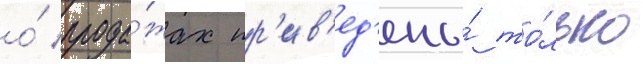
о́ прода́жах пр'ив'ед'ены́ то́лько